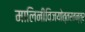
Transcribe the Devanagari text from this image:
मालिनीविजयोत्तरतन्त्र